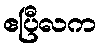
ဧပြီလက